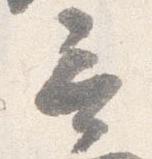
言